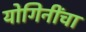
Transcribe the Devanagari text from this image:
योगिनींचा